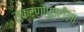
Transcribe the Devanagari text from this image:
सुकर्णोपुत्रीला